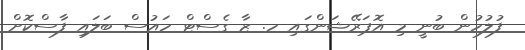
ފުލުހުން ބުނީ މި އޮޕަރޭޝަންގައި ހ. ޒާ ގެސްޓް ހައުސް ބަލައި ފާސްކޮށް